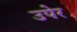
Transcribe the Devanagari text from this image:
उपेर